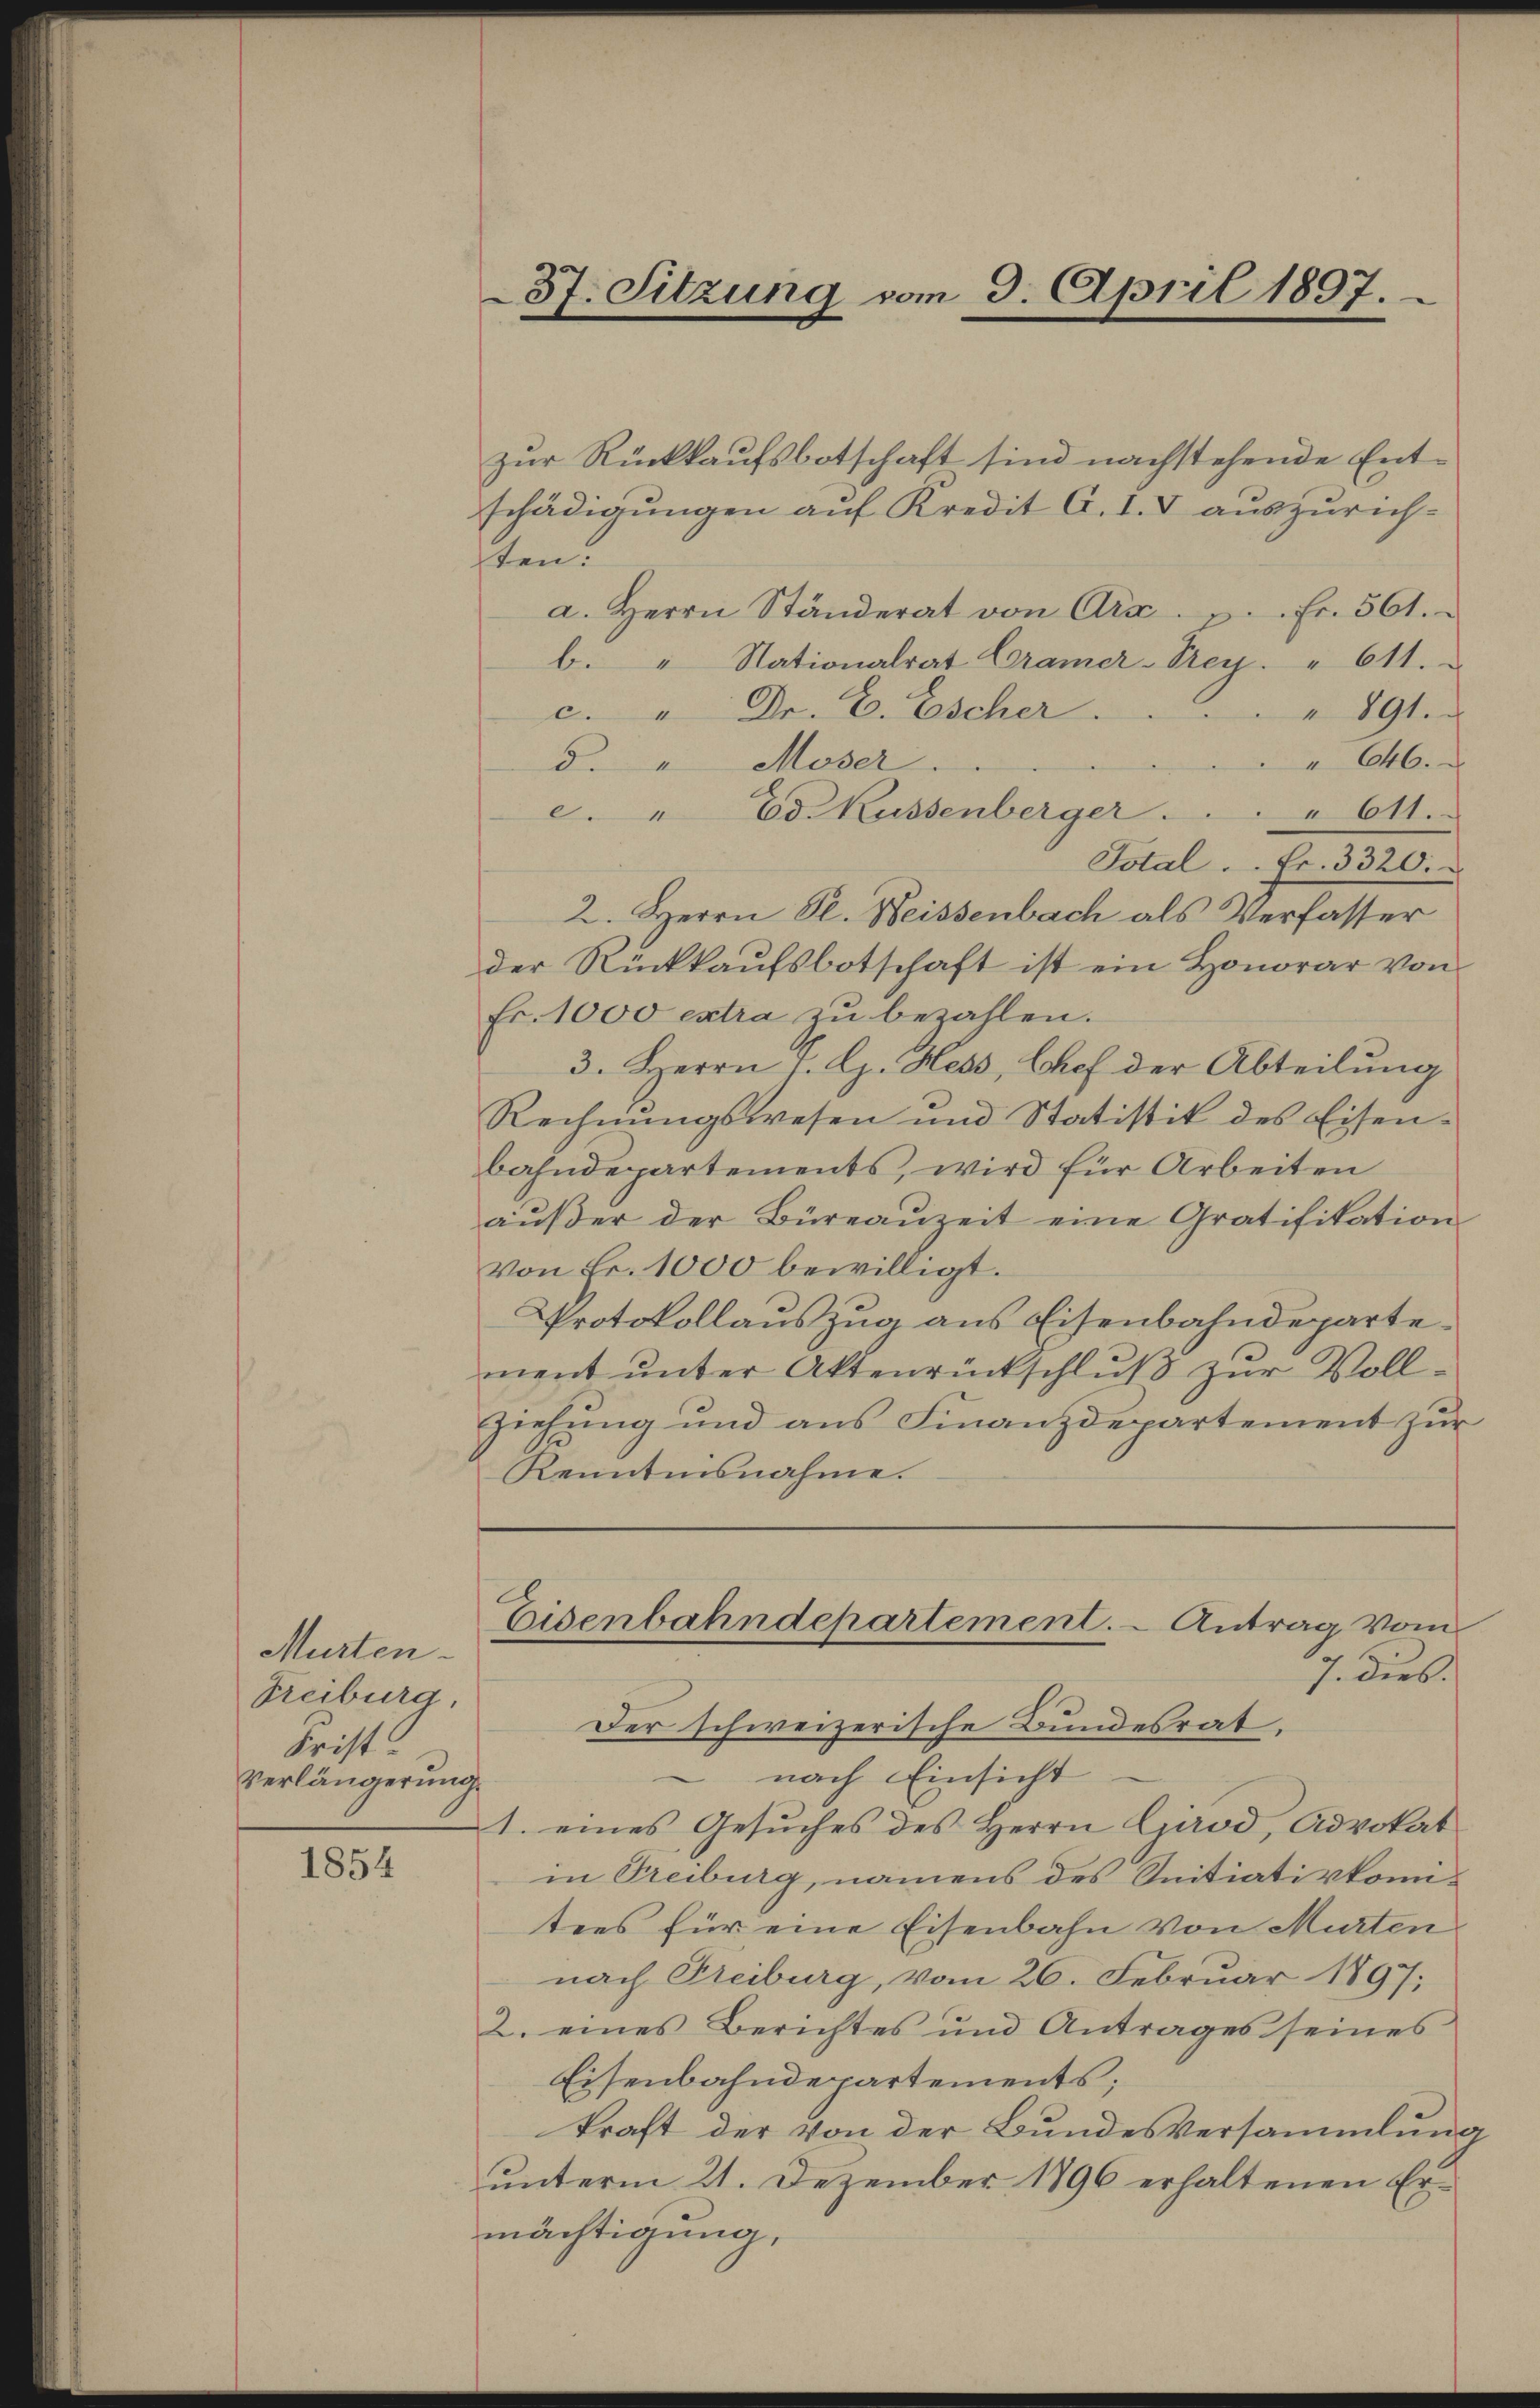
Murten.
Freiburg,
Frist
Verlängerung.

1854

37. Sitzung vom 3. April 1897.

zur Rückkaufsbotschaft sind nachstehende Entschädigungen auf Kredit G. I. I auszurichsten.
Fr. 561.
a. Herrn Ständerat von Aix
b. " Nationalrat Cramer-Stey. " 611.
c. " Dr. C. Escher.
 891.
 646.
d. " Moser.
c. " Ed. Kussenberger . . . . 611.
Total. Fr. 3320.
2. Herrn Dr. Weissenbach als Verfasser
der Rückkaufsbotschaft ist ein Honorar von
Fr. 1000 extra zu bezahlen.
3. Herrn J. G. Hess, Chef der Abteilung
Rechnŭngswesen und Statistik des Eisen-
bahndepartements, wird für Arbeiten
äŭβer der Büreaŭzeit eine Gratifikation
Von Fr. 1000 bewilligt.
Protokollauszug aus Eisenbahndeparte.
ment unter Aktenrückschluß zur Voll¬
Ziehung und aus Finanzdepartement zur
Kenntnisnahme.
Eisenbahndepartement. - Antrag vom
7. Dies
Der schweizerische Bundesrat.
nach Einsicht
1. eines Gesuches des Herrn Girod, Advokat
in Treiburg, namens des Initiativkomitens für eine Eisenbahn von Murten
nach Freiburg, vom 26. Februar 1897;
2. eines Berichtes und Antrages seines
Eisenbahndepartements;
kraft der von der Bundesversammlung
unterm 21. Dezember 1896 erhaltenen Ermächtigung,